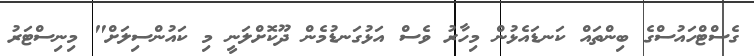
ގެސްޓްހައުސްގެ ބިންތައް ކަނޑައެޅުން މިހާރު ވެސް އަޅުގަނޑުމެން ދޫކޮށްލަނީ މި ކައުންސިލަށް" މިނިސްޓަރު